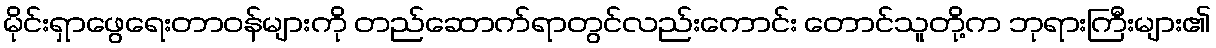
မိုင်းရှာဖွေရေးတာဝန်များကို တည်ဆောက်ရာတွင်လည်းကောင်း တောင်သူတို့က ဘုရားကြီးများ၏